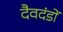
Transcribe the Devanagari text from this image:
दैवदंडों